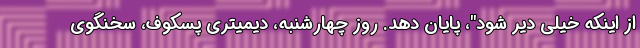
از اینکه خیلی دیر شود"، پایان دهد. روز چهارشنبه، دیمیتری پسکوف، سخنگوی